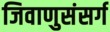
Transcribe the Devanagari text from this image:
जिवाणुसंसर्ग